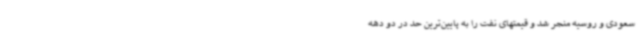
سعودی و روسیه منجر شد و قیمتهای نفت را به پایین‌ترین حد در دو دهه